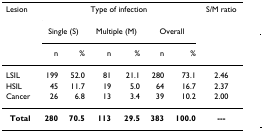
<table><thead><tr><td><b>Lesion</b></td><td colspan="6"><b>Type of infection</b></td><td><b>S/M ratio</b></td></tr><tr><td></td><td colspan="2"><b>Single (S)</b></td><td colspan="2"><b>Multiple (M)</b></td><td colspan="2"><b>Overall</b></td><td></td></tr><tr><td></td><td><b>n</b></td><td><b>%</b></td><td><b>n</b></td><td><b>%</b></td><td><b>n</b></td><td><b>%</b></td><td></td></tr></thead><tbody><tr><td>LSIL</td><td>199</td><td>52.0</td><td>81</td><td>21.1</td><td>280</td><td>73.1</td><td>2.46</td></tr><tr><td>HSIL</td><td>45</td><td>11.7</td><td>19</td><td>5.0</td><td>64</td><td>16.7</td><td>2.37</td></tr><tr><td>Cancer</td><td>26</td><td>6.8</td><td>13</td><td>3.4</td><td>39</td><td>10.2</td><td>2.00</td></tr><tr><td><b>Total</b></td><td><b>280</b></td><td><b>70.5</b></td><td><b>113</b></td><td><b>29.5</b></td><td><b>383</b></td><td><b>100.0</b></td><td><b>---</b></td></tr></tbody></table>